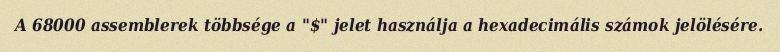
A 68000 assemblerek többsége a "$" jelet használja a hexadecimális számok jelölésére.